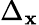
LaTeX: \Delta_{\mathbf{x}}